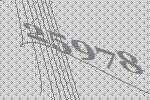
25978